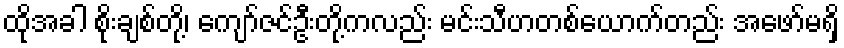
ထိုအခါ စိုးချစ်တို့၊ ကျော်ဇင်ဦးတို့ကလည်း မင်းသီဟတစ်ယောက်တည်း အဖော်မရှိ